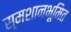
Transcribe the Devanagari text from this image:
स्मशानभूमित